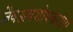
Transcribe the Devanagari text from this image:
जैवअवशोषकनीय